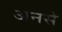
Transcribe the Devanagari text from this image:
अनसे